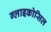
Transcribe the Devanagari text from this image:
ग्लाइकोसिल